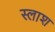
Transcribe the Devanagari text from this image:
स्लाश